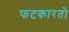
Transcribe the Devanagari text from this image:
फटकारतो